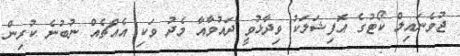
ޖުވެނައިލް ކޯޓުގެ އޮފިޝަލަކު ވިދާޅުވީ ދައުވާއާ މެދު ވަކި އެއްޗެއް ނުބުނެ ކުރިން